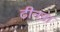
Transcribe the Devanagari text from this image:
टीनडा